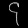
Digit: ၄